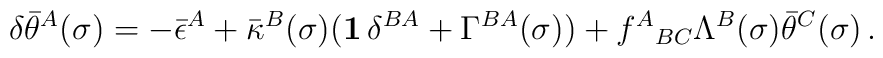
\delta\bar\theta^A(\sigma) = -\bar\epsilon^A     + \bar\kappa^B(\sigma)({\bf1}\,\delta^{BA} +        \Gamma^{BA}(\sigma))     + f^A{}_{BC}\Lambda^B(\sigma)\bar\theta^C(\sigma) \,.